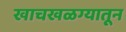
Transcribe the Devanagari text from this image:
खाचखळग्यातून